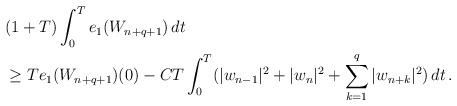
LaTeX: \begin{align*}& (1+T)\int_0^Te_1(W_{n+q+1})\,dt \\ & \ge Te_1(W_{n+q+1})(0) - \displaystyle{CT\int_0^T(|w_{n-1}|^2 +|w_n|^2+\sum_{k=1}^{q} |w_{n+k}|^2)\,dt\,.}\end{align*}